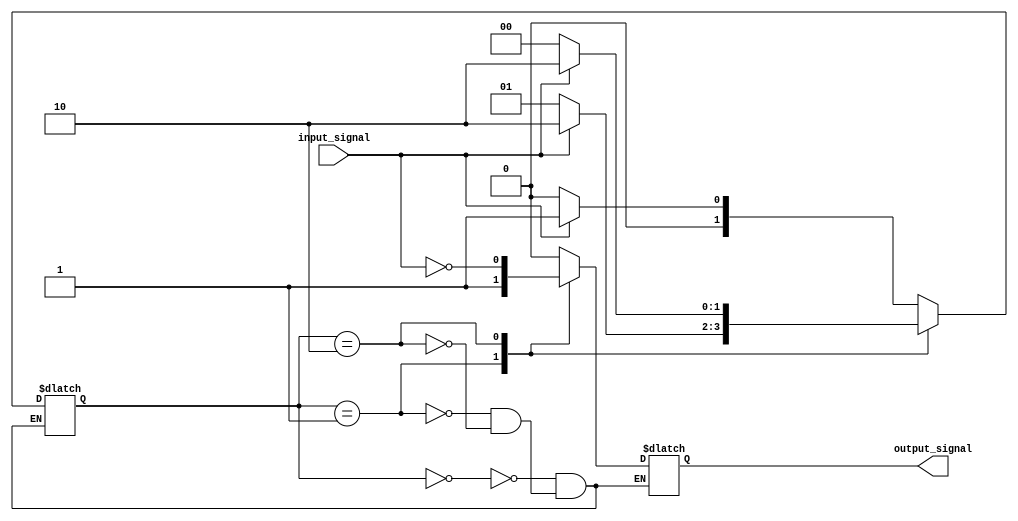
module finite_state_machine (
    input wire input_signal,
    output wire output_signal
);

// Define states as parameters
parameter STATE_A = 2'b00;
parameter STATE_B = 2'b01;
parameter STATE_C = 2'b10;

// Define current state
reg [1:0] current_state;
always @ (*) begin
    case(current_state)
        STATE_A: begin
            if(input_signal == 1'b0)
                current_state <= STATE_A;
            else
                current_state <= STATE_B;
        end
        
        STATE_B: begin
            if(input_signal == 1'b0)
                current_state <= STATE_B;
            else
                current_state <= STATE_C;
        end
        
        STATE_C: begin
            if(input_signal == 1'b0)
                current_state <= STATE_A;
            else
                current_state <= STATE_C;
        end
    endcase
end

// Define output signals based on current state
always @ (*) begin
    case(current_state)
        STATE_A: output_signal = 1'b0;
        STATE_B: output_signal = 1'b1;
        STATE_C: output_signal = ~input_signal;
    endcase
end

endmodule